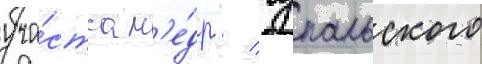
уча́стка н'е́др / чупальского